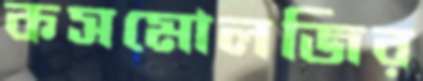
কসমোলজির